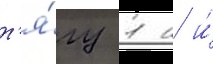
т'я́гу 1 н и́